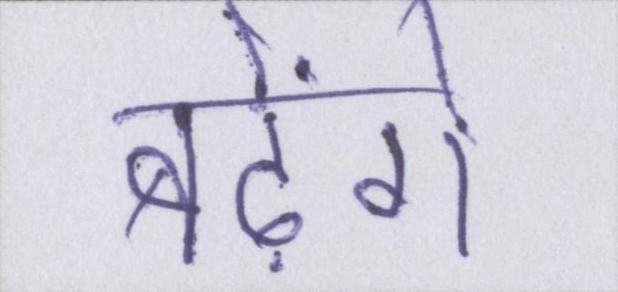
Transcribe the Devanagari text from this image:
बढ़ेंगे